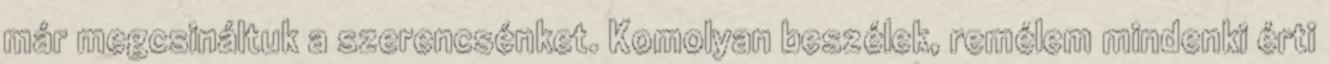
már megcsináltuk a szerencsénket. Komolyan beszélek, remélem mindenki érti